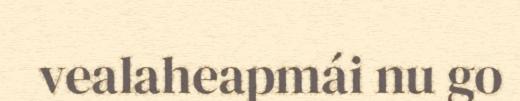
vealaheapmái nu go